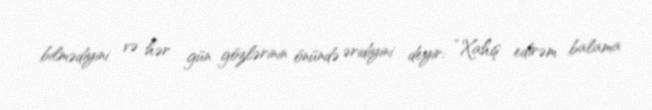
bilmədiyini və hər gün gözlərinin önündə əridiyini deyir: “Xahiş edirəm balama